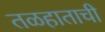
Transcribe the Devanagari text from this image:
तळहाताची